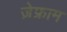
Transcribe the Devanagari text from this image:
ज़ेफ्राम